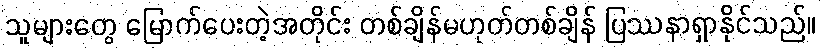
သူများတွေ မြောက်ပေးတဲ့အတိုင်း တစ်ချိန်မဟုတ်တစ်ချိန် ပြဿနာရှာနိုင်သည်။